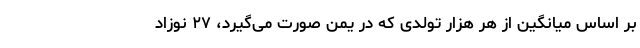
بر اساس میانگین از هر هزار تولدی که در یمن صورت می‌گیرد، ۲۷ نوزاد